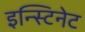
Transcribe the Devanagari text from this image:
इन्स्टिनेट